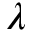
\lambda